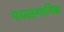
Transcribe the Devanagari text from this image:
मध्यस्थानिक